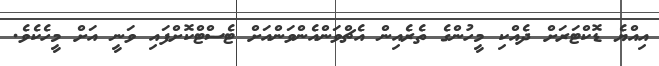
އިއްޔެ ޑޮކްޓަަރަށް ދެއްކި މީހުންގެ ތެރެއިން އެޗްވަންއެންވަންއަށް ޓެސްޓްކޮށްފައި ވަނީ އަށް މީހެކެވެ.